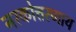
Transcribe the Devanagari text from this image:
नरकोत्तरणाय